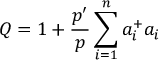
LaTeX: Q = 1 + \frac { p ^ { \prime } } { p } \sum _ { i = 1 } ^ { n } a _ { i } ^ { + } a _ { i }